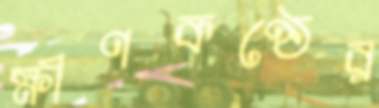
ক্ষীণকণ্ঠের